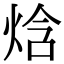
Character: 焓